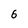
Character: 6